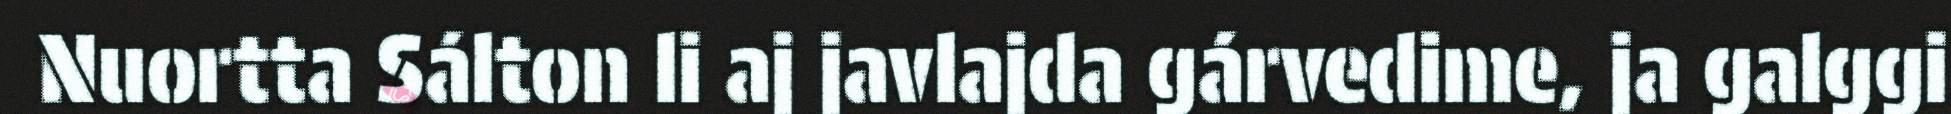
Nuortta Sálton li aj javlajda gárvedime, ja galggi